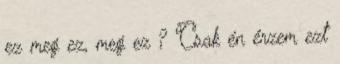
ez meg ez, meg ez ? Csak én érzem ezt